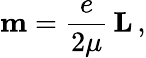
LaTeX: \mathbf{m}={\frac{e}{2\mu}}\, \mathbf{L}\, ,